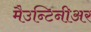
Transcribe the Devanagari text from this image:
मैउन्टिनीअर